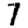
Digit: 7